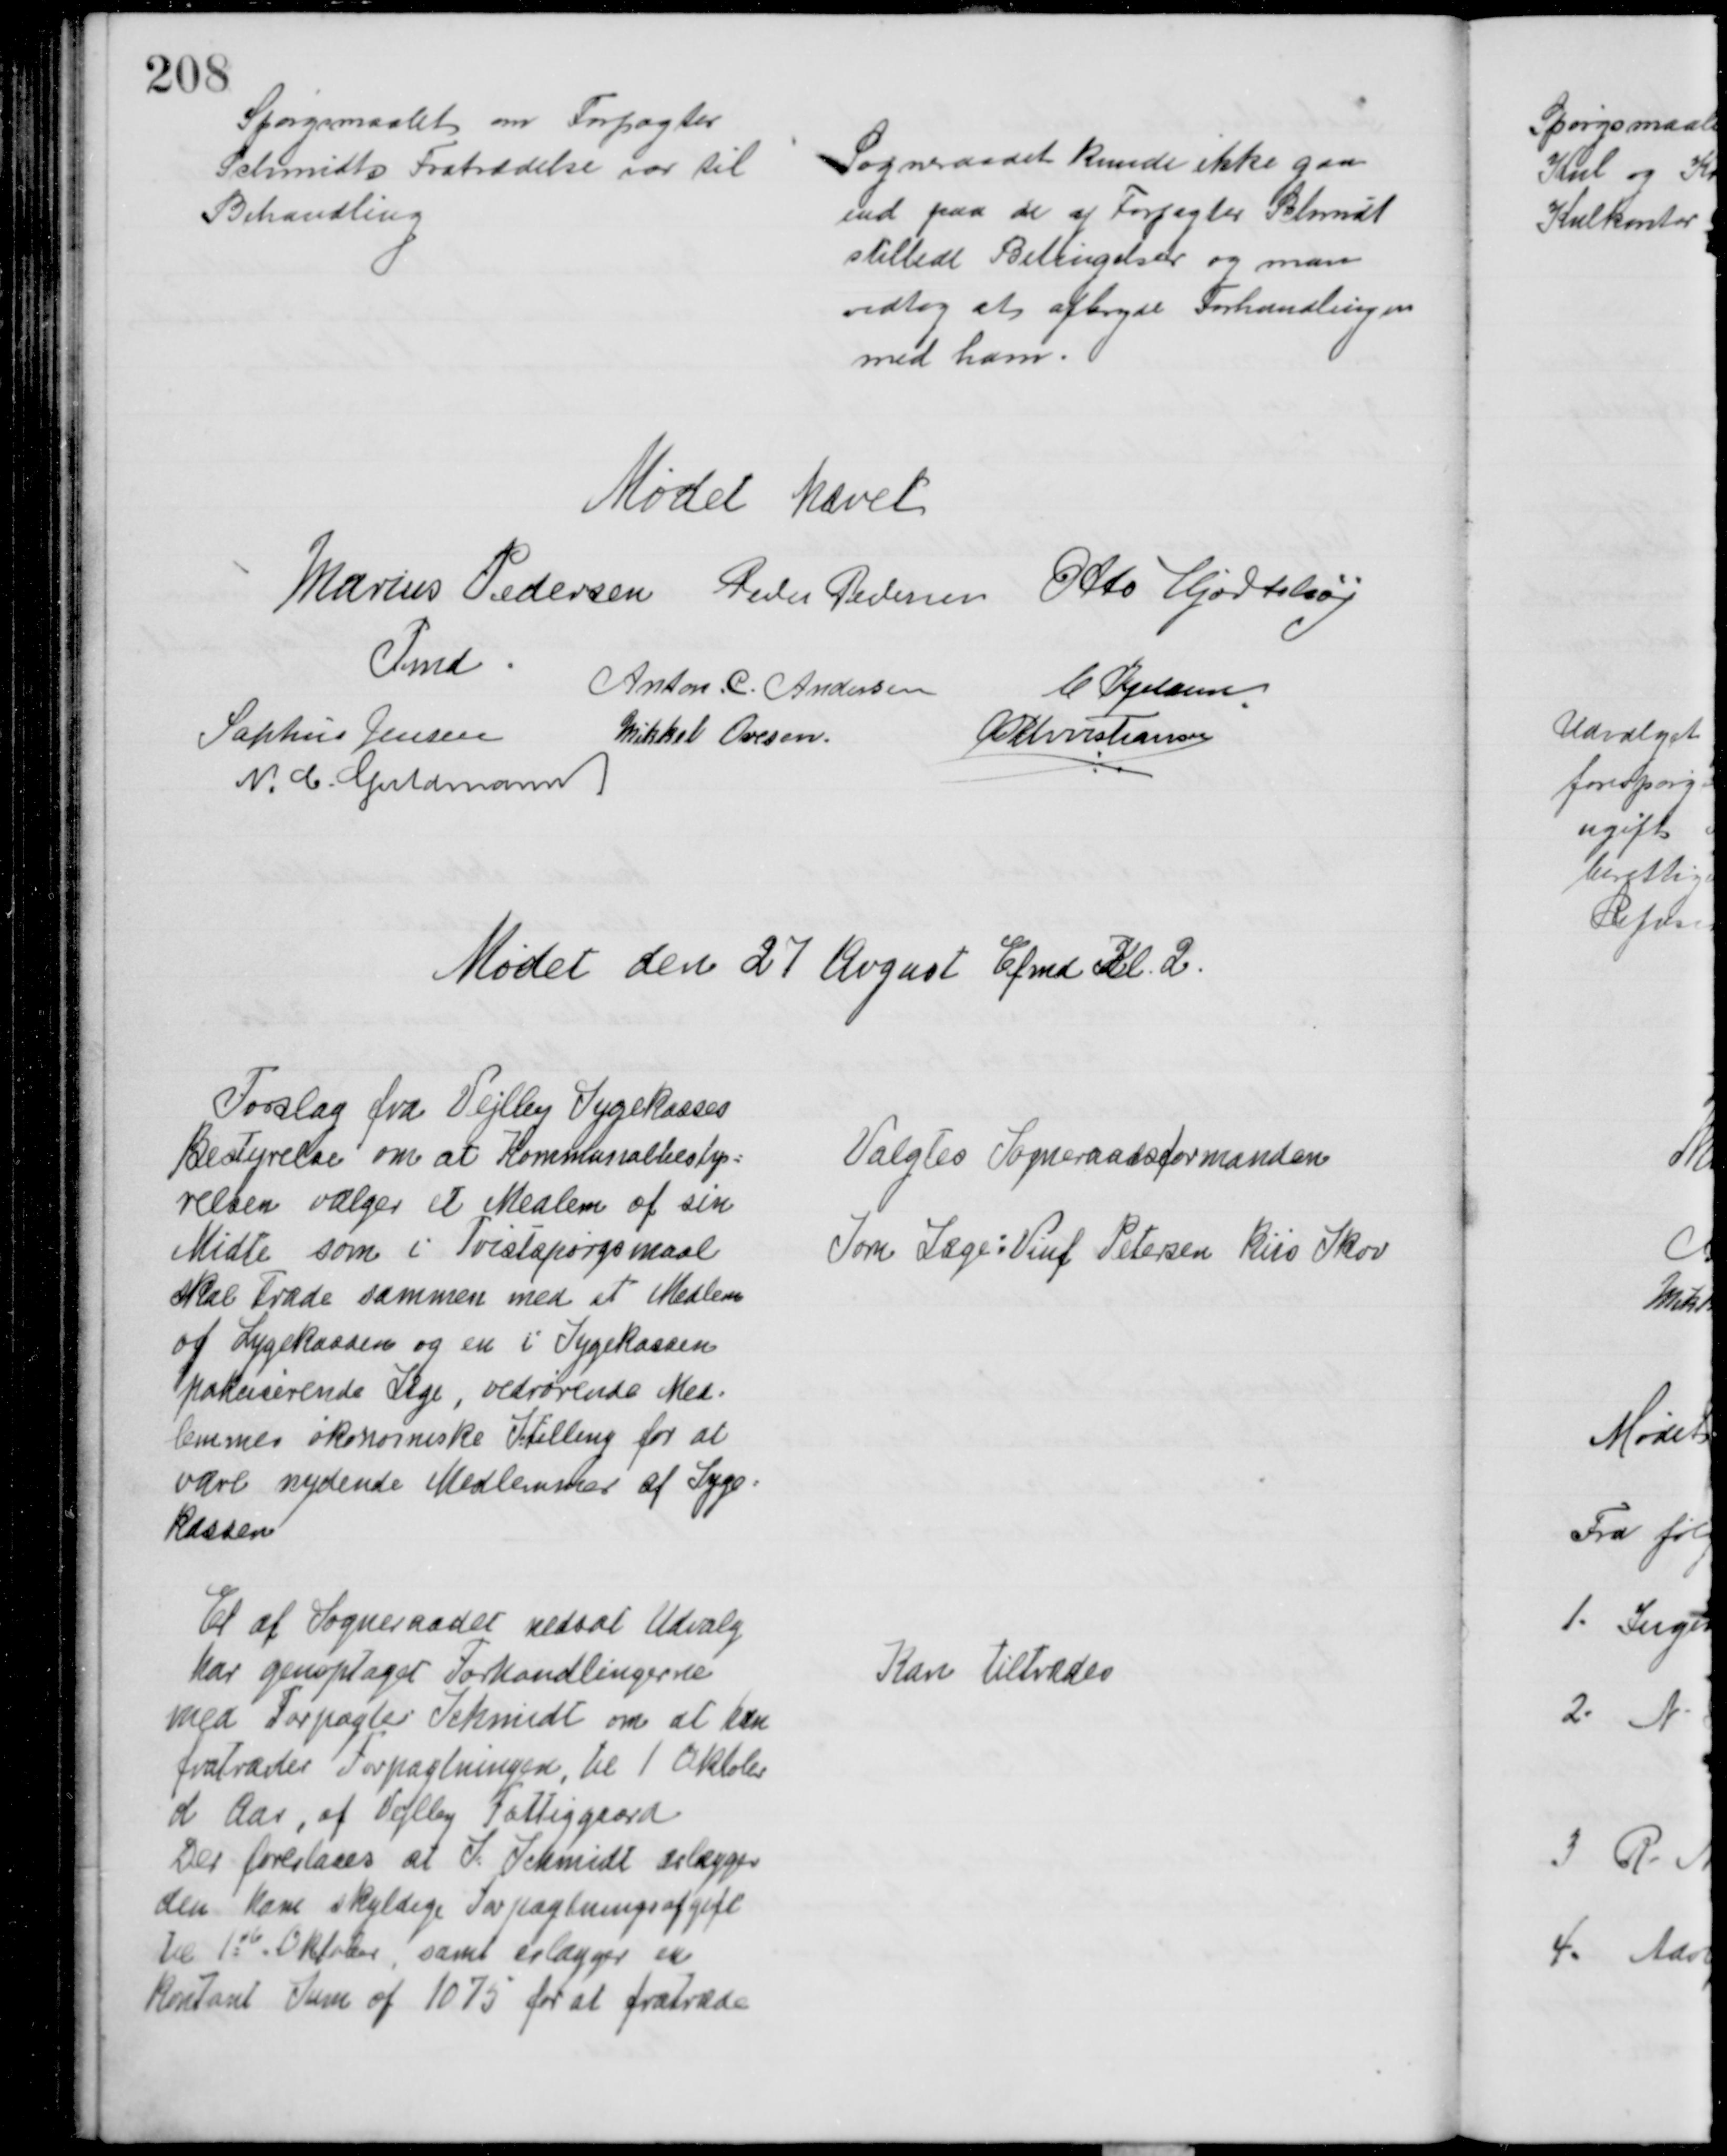
Transskription:
Spørgsmaalet om Forpagter
Schmidts Fratrædelse var til
Behandling
Sogneraadet kunde ikke gaa
ind paa de af Forpagter Schmidt
stillede Betingelser og man
vedtog at afbryde Forhandlingen
med ham
Mødet hævet
Marius Pedersen 
Fmd
Peder Pedersen Otto Hjortshøj
Anton. C. Andersen
C. Kjeldsen
Sophus Jensen
Mikkel Ovesen.
A P Christiansen
N. C. Guldmann
Mødet den 27 August Efmd Kl. 2.
Forslag fra Vejlby Sygekasses
Bestyrelse om at Kommunalbesty=
relsen vælger et Medlem af sin
Midte som i Tvistspørgsmaal
skal træde sammen med et Medlem
af Sygekassen og en i Sygekassen
pakcicerende Læge, vedrørende Med=
lemmer økonomiske Stilling for at
være nydende Medlemmer af Syge=
kassen
Valgtes Sogneraadsformanden
Som Læge: Viuf Petersen Riis Skov
Et af Sogneraadet nedsat Udvalg
har genoptaget Forhandlingerne
med Forpagter Schmidt om at han
fratræder Forpagtningen, til 1 Oktober
d Aar, af Vejlby Fattiggaard
Der foreslaaes at S. Schmidt erlægger
den ham skyldige Forpagtningsafgift
til 1ste Oktober, samt erlægger en
Kontant Sum af 1075 for at fratræde
Kan tiltrædes